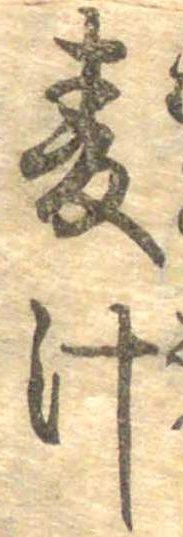
麦汁